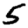
Digit: 5